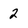
Character: 2